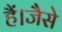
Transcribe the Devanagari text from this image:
हैं।जैसे